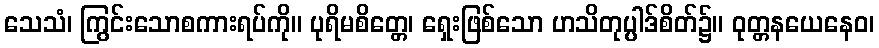
သေသံ၊ ကြွင်းသောစကားရပ်ကို။ ပုရိမစိတ္တေ၊ ရှေးဖြစ်သော ဟသိတုပ္ပါဒ်စိတ်၌။ ဝုတ္တနယေနေဝ၊